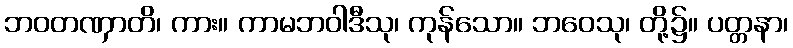
ဘဝတဏှာတိ၊ ကား။ ကာမဘဝါဒီသု၊ ကုန်သော။ ဘဝေသု၊ တို့၌။ ပတ္တနာ၊